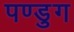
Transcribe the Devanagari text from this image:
पण्डुग